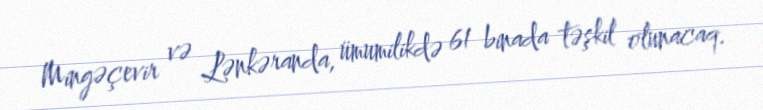
Mingəçevir və Lənkəranda, ümumilikdə 61 binada təşkil olunacaq.